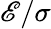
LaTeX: \mathscr{E}/\sigma